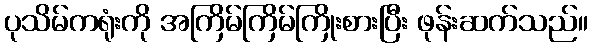
ပုသိမ်ကရုံးကို အကြိမ်ကြိမ်ကြိုးစားပြီး ဖုန်းဆက်သည်။